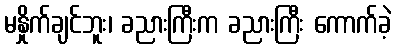
မနှိုက်ချင်ဘူး၊ ခညားကြီးက ခညားကြီး ကောက်ခဲ့